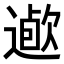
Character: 𨖯